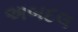
અબદલ